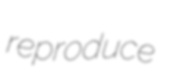
reproduce